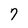
Character: 7